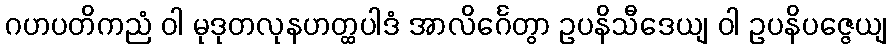
ဂဟပတိကညံ ဝါ မုဒုတလုနဟတ္ထပါဒံ အာလိင်္ဂေတွာ ဥပနိသီဒေယျ ဝါ ဥပနိပဇ္ဇေယျ